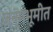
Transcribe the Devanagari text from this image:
जन्मभूमीत